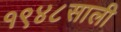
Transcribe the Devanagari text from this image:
१९४८साली